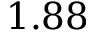
1 . 8 8